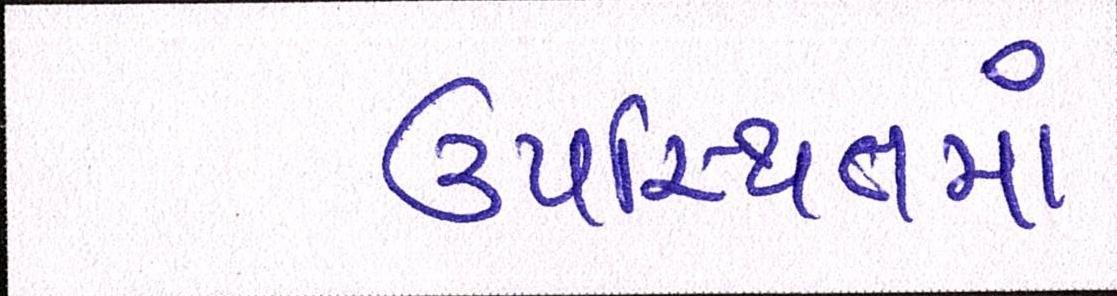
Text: ઉપસ્થિતમાં